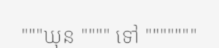
"""ឃុន """" ទៅ """""""